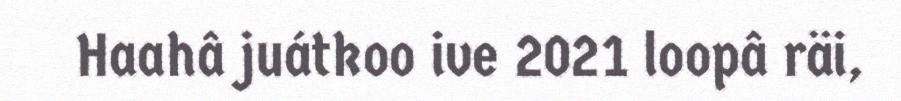
Haahâ juátkoo ive 2021 loopâ räi,